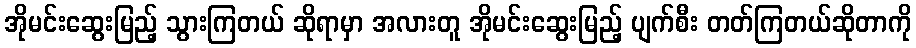
အိုမင်းဆွေးမြည့် သွားကြတယ် ဆိုရာမှာ အလားတူ အိုမင်းဆွေးမြည့် ပျက်စီး တတ်ကြတယ်ဆိုတာကို